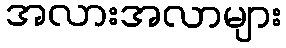
အလားအလာများ